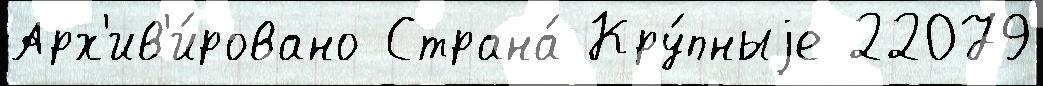
Арх'ив'и́ровано Страна́ Кру́пныjе 22079